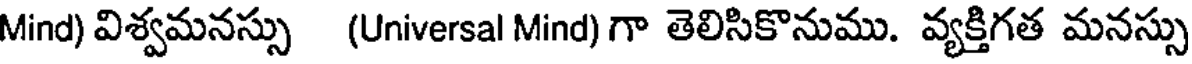
Mind) విశ్వమనస్సు (Universal Mind) గా తెలిసికొనుము. వ్యక్తిగత మనస్సు